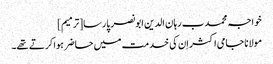
خواجہ محمد ب رہان الدین ابو نصر پارسا[ترمیم]
مولانا جامی اکثر اِن کی خدمت میں حاضر ہوا کرتے تھے۔